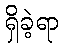
ရှိခဲ့ရာ